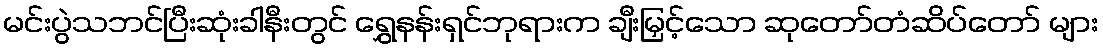
မင်းပွဲသဘင်ပြီးဆုံးခါနီးတွင် ရွှေနန်းရှင်ဘုရားက ချီးမြှင့်သော ဆုတော်တံဆိပ်တော် များ